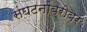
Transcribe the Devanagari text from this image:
संघटनांबरोबर